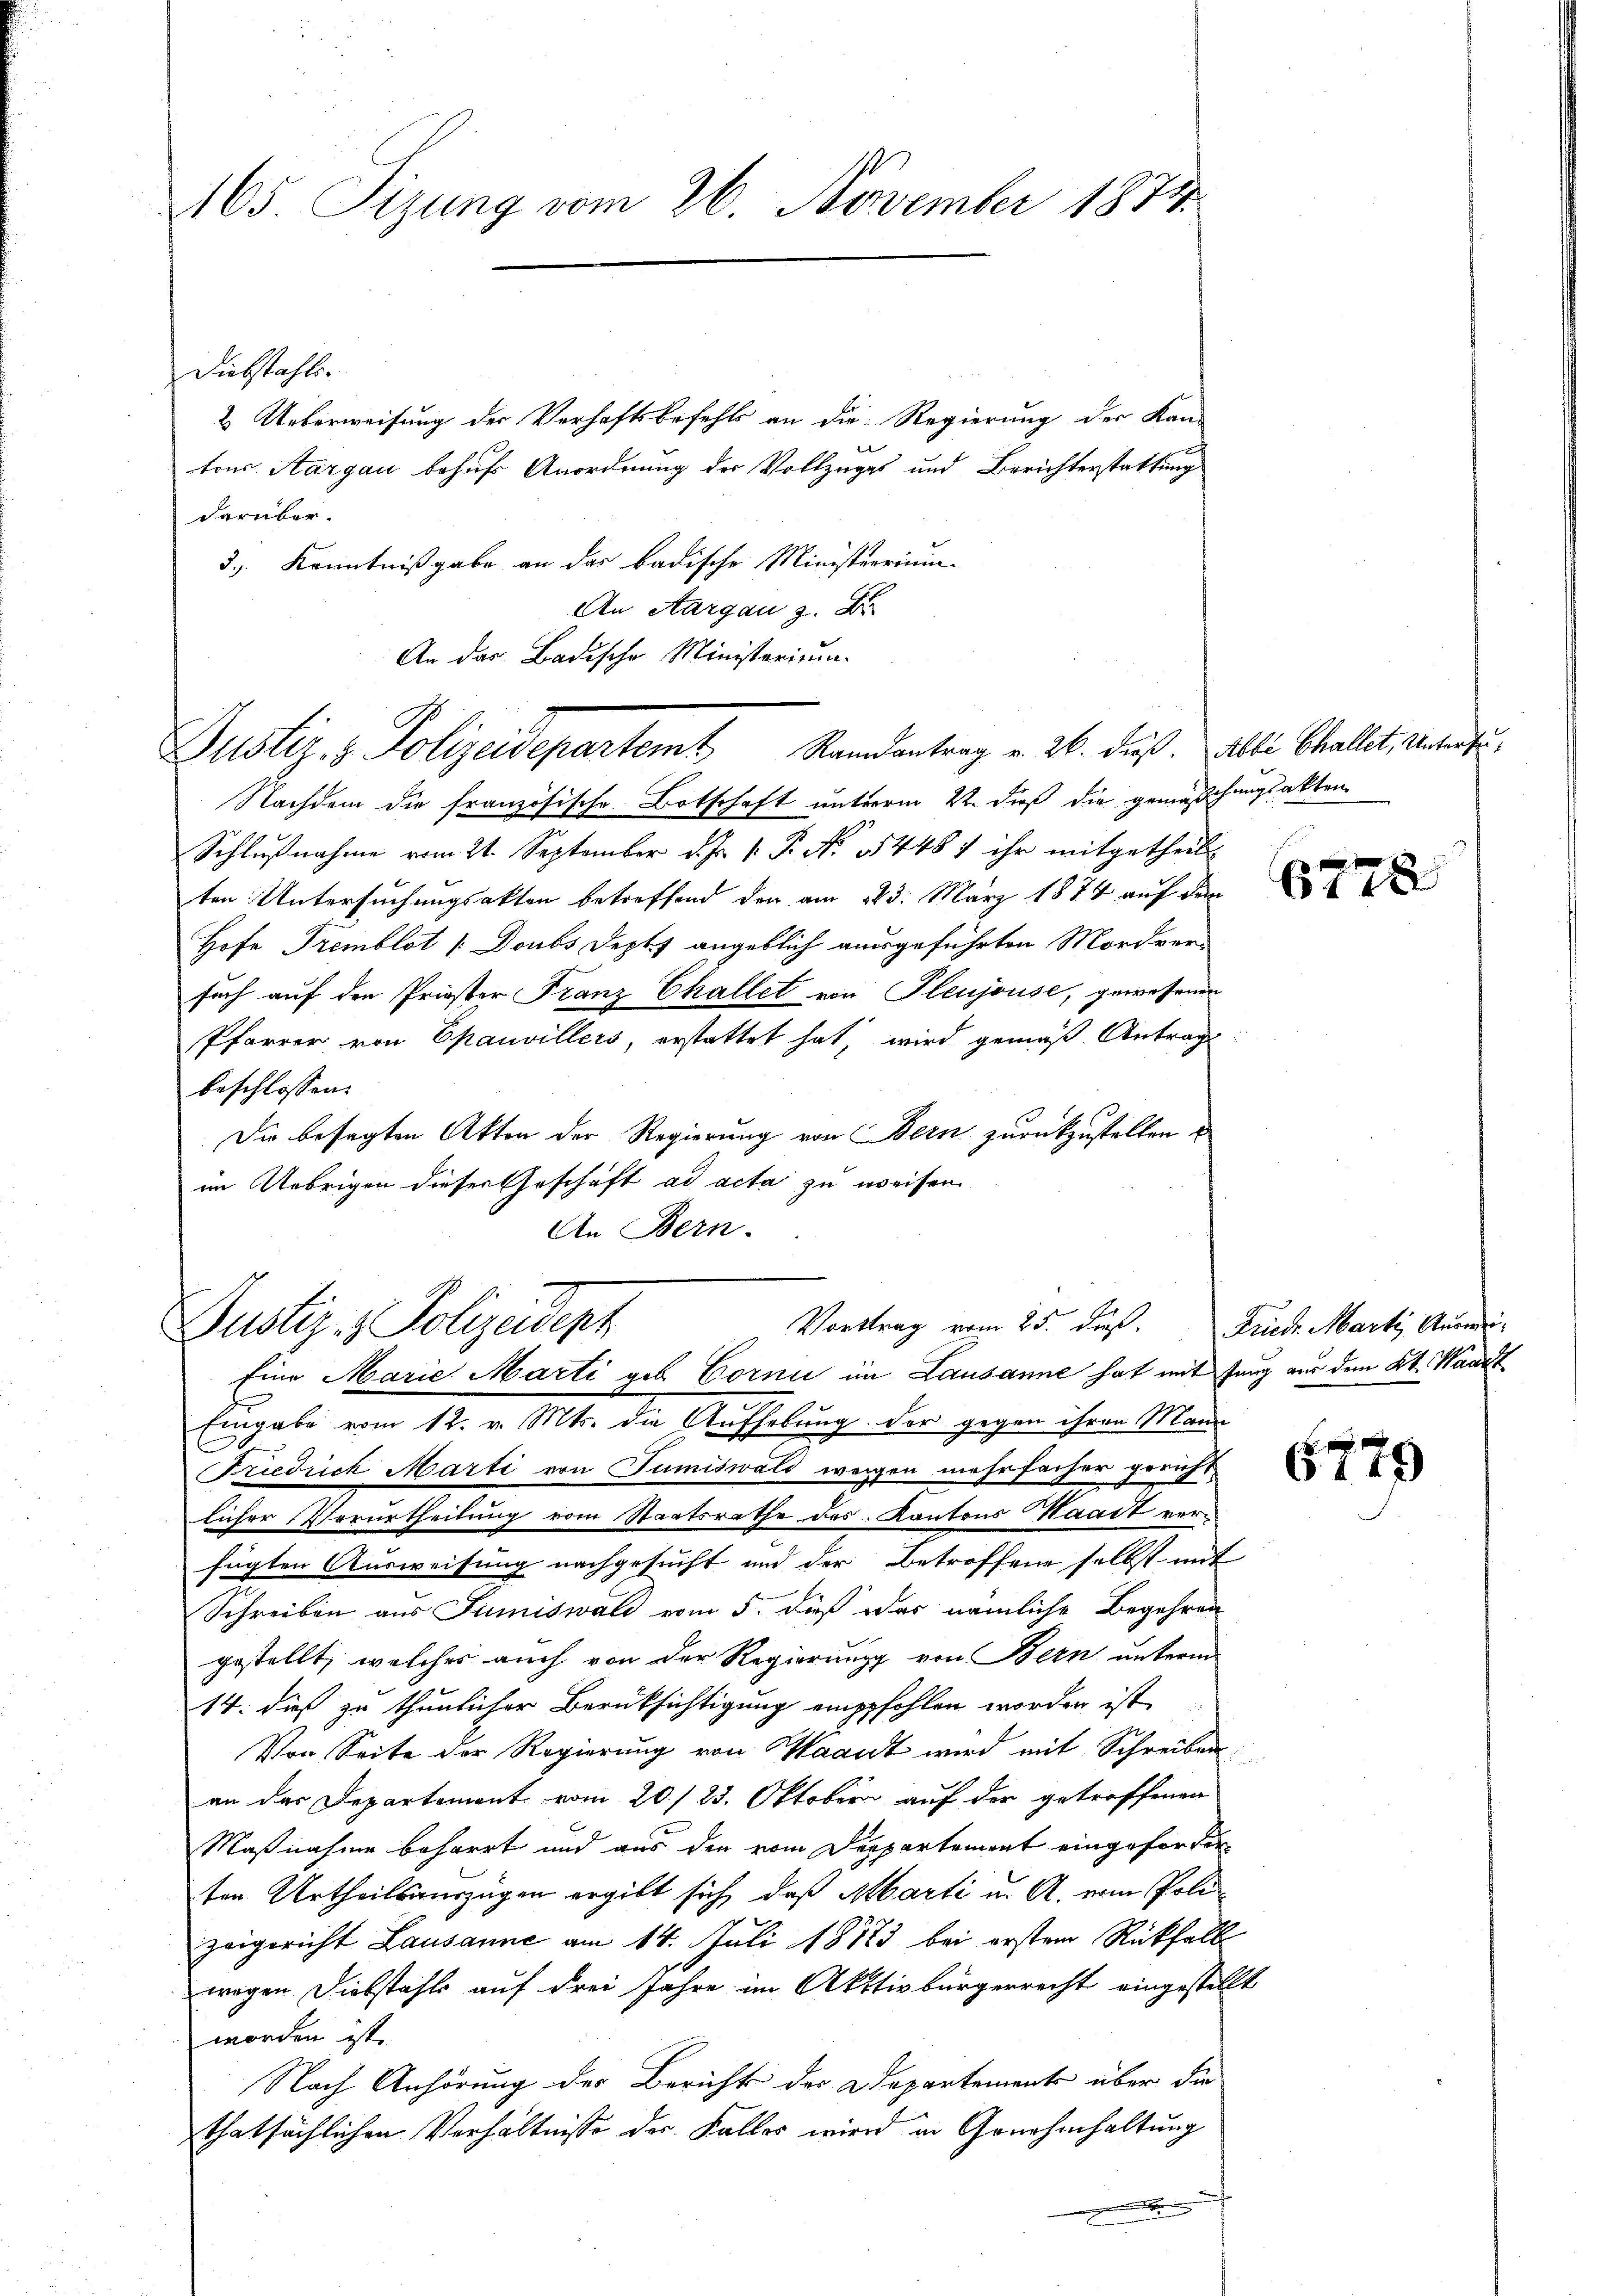
165. Sizung vom 26. November 1874.

Diebstahls.
2. Ueberweisung der Verhaftsbefehls an die Regierung der Kon-
e
tons Aargau behufs Anordnung der Vollzuges und Berichterstattung
darüber.
3.) Kenntnißgabe an das badische Ministerrimm-
An Aargau z. B
An das Badische Ministerium
Nachdem die französische Botschaft unterm 22. dieß die gemässchungsakten
Schlußnahme vom 21. September d. Js. v. P. No 14487 ihr mitgetheilt
ten Untersuchungsakten betreffend den am 23. März 1874 auf dem
Hofe Tremblot [Doubs Depts angeblich ausgeführten Mordver-
such auf den Priester Franz Challet von Pleujouse, gewesenen
Pfarrer von Epauvillers, erstattet hat, wird gemäß Antrag
beschlossen:
Die besagten Akten der Regierung von Bern zurückzustellen
im Uebrigen dieser Geschäft ad acta zu weisen
An Bern.

Justiz- & Polizeidepartemt Randantrag v. 26. dieß. Abbe Challet, Untersu¬

Vortrag vom 25. dieß. Friedr. Marti Auswei¬
Justiz- & Polizeidept
Eine Marie Marti geb. Cornii im Lausanne hat mit Jung aus dem Kt. Waadt

Eingabe vom 12. v. Mts. die Aufhebung der gegen ihren Mann
C
Friedrich Marti von Tumiswald wegen mehrfacher gericht
licher Verurtheilung vom Staatsrathe des Kantons Haart verfügten Ausweisung nachgesucht und der Betroffene selbst mit
Schreiben aus Jumiswald vom 5. daß das nämliche Begehren
gestellt, welches auch von der Regierung von Bern unterm
14. dieß zu thunlicher Berüksichtigung empfohlen worden ist,
Von Seite der Regierung von Saant wird mit Schreiben
an der Departement vom 20./23. Oktober auf der getroffenen
Maßnahme beharrt und aus den vom Departement eingeforder
ten Urtheilsauszügen ergibt sich, daß Marti in A. vom Polizeigericht Lausanne am 14. Juli 18783 bei erstem Rückfall
wegen Diebstahls auf drei Jahre im Aktivbürgerrecht eingestellt
worden ist.
Nach Anhörung des Berichts der Departements über die
thatsächlichen Verhältnisse der Kalles wird in Genehmhaltung

6778

1 f 0
04. 47)